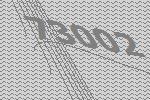
73002